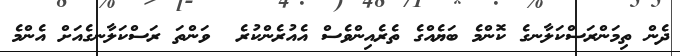
ދެން ތިމަންރަސްކަލާނގެ ކޮންމެ ބަޔެއްގެ ތެރެއިންވެސް އެއުރެންކުރެ  ވަންތަ ރަސްކަލާނގެއަށް އެންމެ